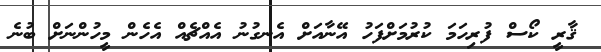
ޤާރީ ކޯސް ފުރިހަމަ ކުރުމަށްފަހު އޭނާއަށް އެނގުނު އެއްޗެއް އެހެން މީހުންނަށް ބުނެ